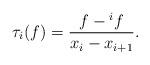
LaTeX: \begin{align*}\tau_i(f)=\dfrac{f-{^{i}f}}{x_i-x_{i+1}}.\end{align*}